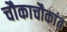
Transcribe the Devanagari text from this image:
चौकाचौकांत